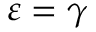
\varepsilon = \gamma